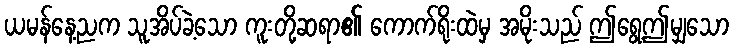
ယမန်နေ့ညက သူအိပ်ခဲ့သော ကူးတို့ဆရာ၏ ကောက်ရိုးထဲမှ အမိုးသည် ဤရွေ့ဤမျှသော